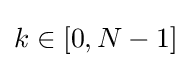
k\in [0,N-1]